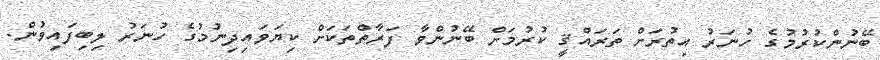
ބޭނުންކުރުމުގެ ހުނަރު އިތުރަށް ތަރައްޤީ ކުރުމަށް ބޭނުންވާ ފަރާތްތަކަށް ކިޔަވައިދިނުމުގެ ހުނަރު ލިބިފައިވުން.